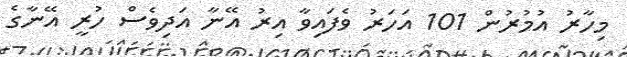
މިހާރު އުމުރުން 101 އަހަރު ވެފައިވާ އިރު އޭނާ އަދިވެސް ހުރީ އޭނާގެ